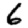
Digit: 6